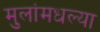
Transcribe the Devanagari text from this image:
मुलांमधल्या